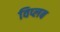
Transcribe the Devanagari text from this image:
विप्लब